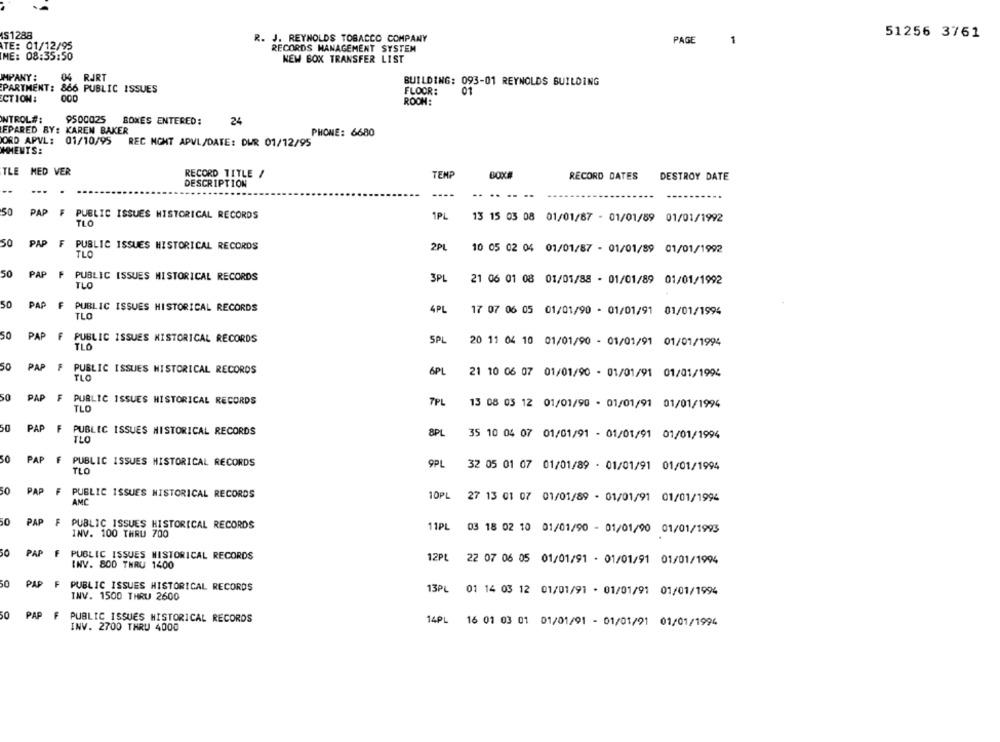
IS1288
R. J. REYNOLDS TOBACCO COMPANY
51256 3761
PAGE
1
ATE: 01/12/95
RECORDS MANAGEMENT SYSTEM
ME: 08:35:50
NEW BOX TRANSFER LIST
IMPANY:
04 RJRT
BUILDING: 093-01 REYNOLDS BUILDING
PARTMENT:
866 PUBLIC ISSUES
FLOOR:
01
CTION:
ROOM:
NTROL#:
9500025 BOXES ENTERED:
24
EPARED BY: KAREN BAKER
PHONE: 6680
ORD APVL:
01/10/95
REC NONT APVL/DATE: DWR 01/12/95
HMENTS:
TLE MED VER
RECORD TITLE /
TEMP
BOX#
RECORD DATES
DESTROY DATE
DESCRIPTION
--
---
----
..
..
50
PAP
₣ PUBLIC ISSUES HISTORICAL RECORDS
1PL
TLO
13 15 03 08 01/01/87 - 01/01/89 01/01/1992
50
PAP F PUBLIC ISSUES HISTORICAL RECORDS
2PL
10 05 02 04 01/01/87 - 01/01/89 01/01/1992
TLO
50
PAP
F PUBLIC ISSUES HISTORICAL RECORDS
3PL
21 06 01 08 01/01/88 - 01/01/89 01/01/1992
TLO
50
PAP
F PUBLIC ISSUES HISTORICAL RECORDS
4PL
17 07 06 05 01/01/90 - 01/01/91 01/01/1994
TLO
50
PAP
F
PUBLIC ISSUES HISTORICAL RECORDS
SPL
20 11 04 10 01/01/90 - 01/01/91 01/01/1994
TLO
50
PAP
F PUBLIC ISSUES HISTORICAL RECORDS
6PL
TLO
21 10 06 07 01/01/90 - 01/01/91 01/01/1994
50
PAP
F
PUBLIC ISSUES HISTORICAL RECORDS
TLO
7PL
13 08 05 12 01/01/90 - 01/01/91 01/01/1994
50
PAP
F
PUBLIC ISSUES HISTORICAL RECORDS
TLO
8PL
35 10 04 07 01/01/91 - 01/01/91 01/01/1994
50
PAP
F
PUBLIC ISSUES HISTORICAL RECORDS
9PL
32 05 01 07 01/01/89 - 01/01/91 01/01/1994
TLO
50
PAP
F
PUBLIC ISSUES HISTORICAL RECORDS
10PL
27 13 01 07 01/01/89 - 01/01/91 01/01/1994
AMC
50
PAP
F PUBLIC ISSUES HISTORICAL RECORDS
11PL
INV. 100 THRU 700
03 18 02 10 01/01/90 - 01/01/90 01/01/1993
PAP
F
PUBLIC ISSUES HISTORICAL RECORDS
12PL
INV. 800 THRU 1400
22 07 06 05 01/01/91 - 01/01/91 01/01/1994
PAP
F PUBLIC ISSUES HISTORICAL RECORDS
13PL 01 14 03 12 01/01/91 . 01/01/91 01/01/1994
INV. 1500 THRU 2600
50
PAP
F
PUBLIC ISSUES HISTORICAL RECORDS
14PL 16 01 03 01 01/01/91 - 01/01/91 01/01/1994
INV. 2700 THRU 4000